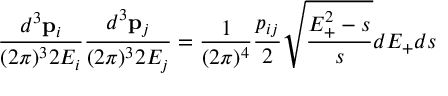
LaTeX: \frac { d ^ { 3 } { \bf p } _ { i } } { ( 2 \pi ) ^ { 3 } 2 E _ { i } } \frac { d ^ { 3 } { \bf p } _ { j } } { ( 2 \pi ) ^ { 3 } 2 E _ { j } } = \frac { 1 } { ( 2 \pi ) ^ { 4 } } \frac { p _ { i j } } { 2 } \sqrt { \frac { E _ { + } ^ { 2 } - s } { s } } d E _ { + } d s